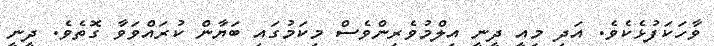
ވާހަކަފުޅެކެވެ. އަދި މިއީ ދީނީ އިލްމުވެރިންވެސް މިކަމުގައި ބަޔާން ކުރައްވަވާ ގޮތެވެ. ދީނީ